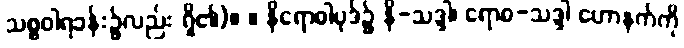
သစ္စဝါရခန်း၌လည်း ရှိ၏)။ ။ နိရောဓါပုဒ်၌ နိ-သဒ္ဒါ၊ ရောဓ-သဒ္ဒါ ဟောနက်ကို